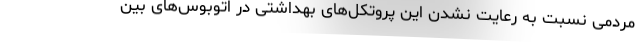
مردمی نسبت به رعایت نشدن این پروتکل‌های بهداشتی در اتوبوس‌های بین